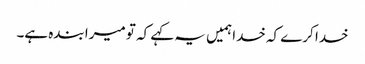
خدا کرے کہ خدا ہمیں یہ کہے کہ تو میرا بندہ ہے۔